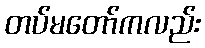
တပ်မတော်ကလည်း